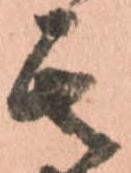
其